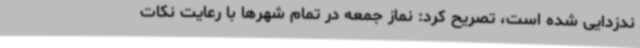
ندزدایی شده است، تصریح کرد: نماز جمعه در تمام شهرها با رعایت نکات